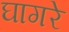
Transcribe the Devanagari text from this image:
घागरे